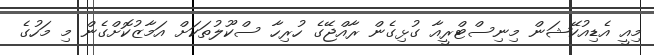
މިއީ އެޑިއުކޭޝަން މިނިސްޓްރީއާ ގުޅިގެން ރާއްޖޭގެ ހުރިހާ ސްކޫލުތަކަށް އަމާޒުކޮށްގެން މި މަހުގެ